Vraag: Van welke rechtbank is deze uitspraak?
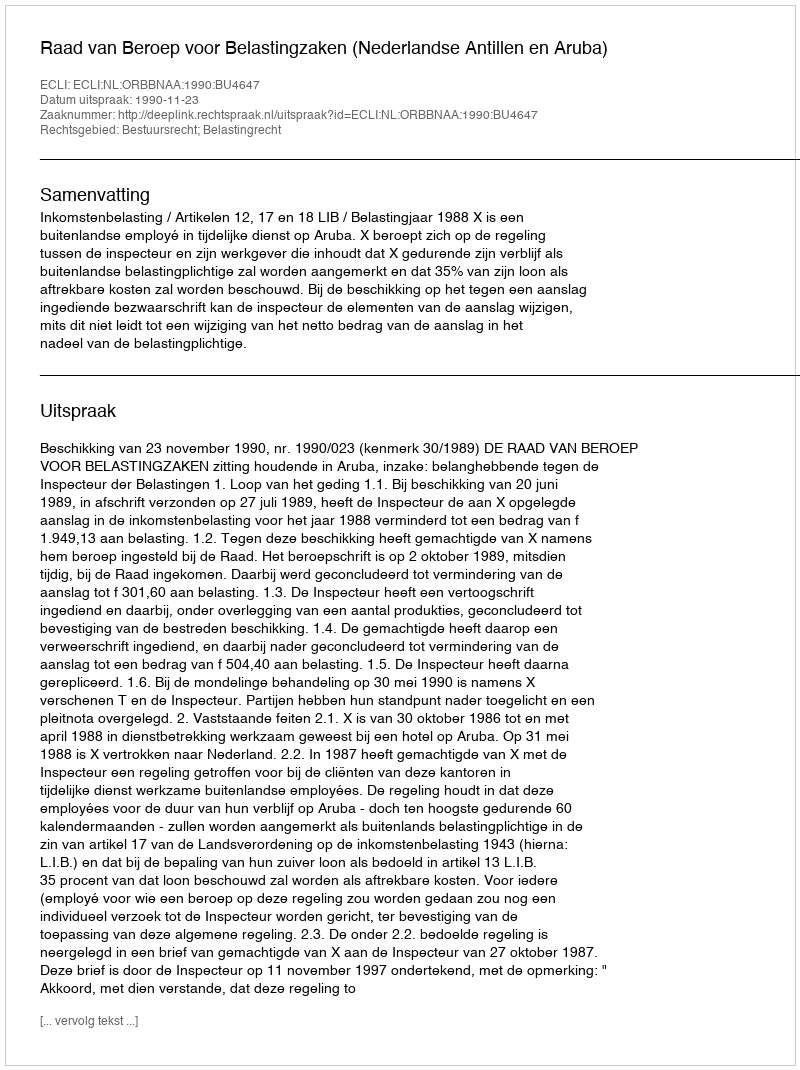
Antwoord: Raad van Beroep voor Belastingzaken (Nederlandse Antillen en Aruba)